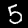
Digit: 5